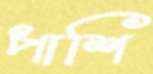
পাশি